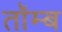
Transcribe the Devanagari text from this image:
तॉम्ब